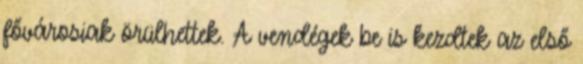
fővárosiak örülhettek. A vendégek be is kezdtek az első